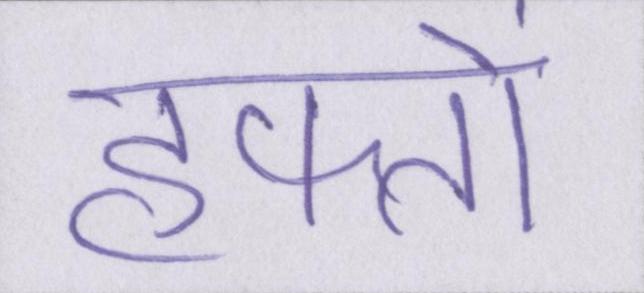
हफ्तों